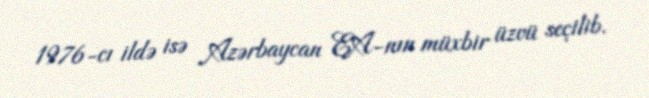
1976-cı ildə isə Azərbaycan EA-nın müxbir üzvü seçilib.